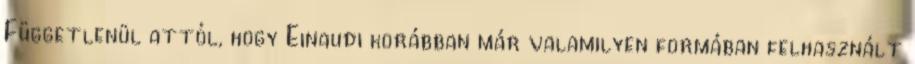
Függetlenül attól, hogy Einaudi korábban már valamilyen formában felhasznált